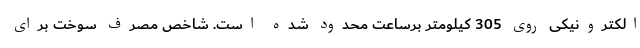
الکترونیکی روی 305 کیلومتر برساعت محدود شده است. شاخص مصرف سوخت برای